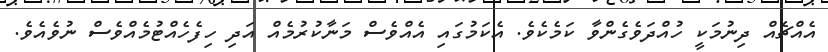
އެއްޗެއް ދިނުމަކީ ހުއްދަވެގެންވާ ކަމެކެވެ. އެކަމުގައި އެއްވެސް މަނާކުރުމެއް އަދި ހިފެހެއްޓުމެއްވެސް ނުވެއެވެ.